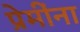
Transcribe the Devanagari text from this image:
प्रेमींना